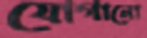
যোগানো